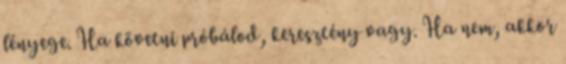
lényege. Ha követni próbálod, keresztény vagy. Ha nem, akkor